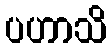
ပဟာသိ